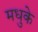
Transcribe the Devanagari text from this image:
मधुके